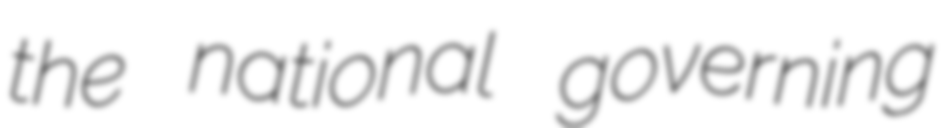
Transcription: the national governing